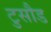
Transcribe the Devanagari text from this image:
टुसौड